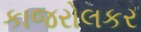
કાજરોલકર